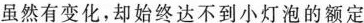
虽然有变化，却始终达不到小灯泡的额定